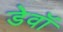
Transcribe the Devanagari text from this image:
डेवॉ